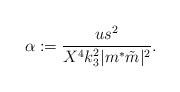
LaTeX: \begin{align*} \alpha:=\frac{us^2}{X^4k_3^2|m^{\ast}\tilde{m}|^2}.\end{align*}